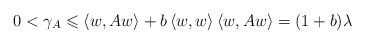
\begin{align*} 0<\gamma_A\leqslant \left\langle w,Aw\right\rangle + b\left\langle w,w\right\rangle\left\langle w,Aw\right\rangle = (1+b)\lambda \end{align*}